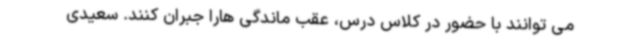
می توانند با حضور در کلاس درس، عقب ماندگی هارا جبران کنند. سعیدی